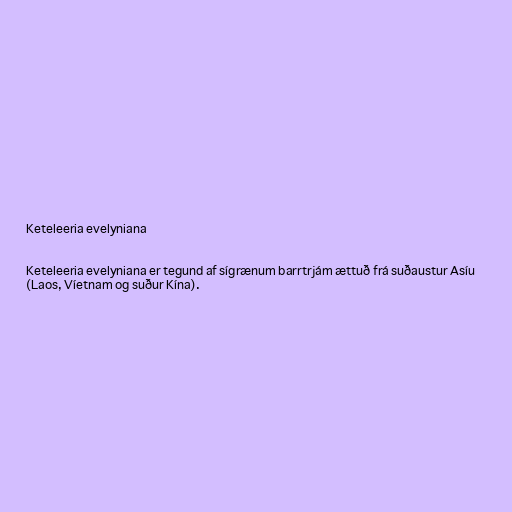
Keteleeria evelyniana

Keteleeria evelyniana er tegund af sígrænum barrtrjám ættuð frá suðaustur Asíu
(Laos, Víetnam og suður Kína).